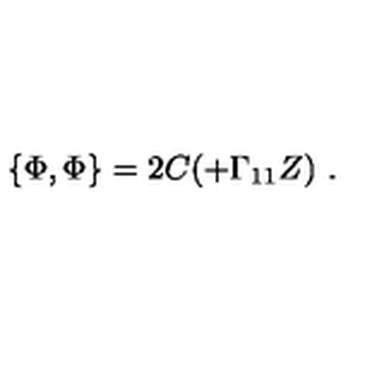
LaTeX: \{ \Phi , \Phi \} = 2 C ( \sl + \Gamma _ { 1 1 } Z ) \ .